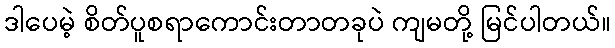
ဒါပေမဲ့ စိတ်ပူစရာကောင်းတာတခုပဲ ကျမတို့ မြင်ပါတယ်။